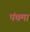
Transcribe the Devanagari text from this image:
पंचमा